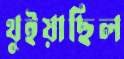
থুইয়াছিল